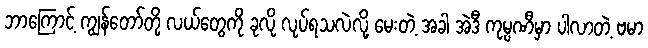
ဘာကြောင့် ကျွန်တော်တို့ လယ်တွေကို ခုလို လုပ်ရသလဲလို့ မေးတဲ့ အခါ အဲဒီ ကုမ္ပဏီမှာ ပါလာတဲ့ ဗမာ